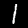
Digit: 1